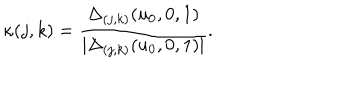
\kappa ( j , k ) = { \frac { \Delta _ { ( j , k ) } ( u _ { 0 } , 0 , 1 ) } { | \Delta _ { ( j , k ) } ( u _ { 0 } , 0 , 1 ) | } } .